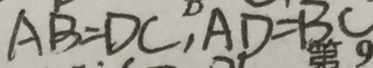
A B = D C , A D = B C